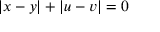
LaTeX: | x - y | + | u - v | = 0